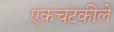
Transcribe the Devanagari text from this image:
एकचटकीले